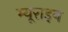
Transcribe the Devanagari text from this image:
म्यूराइन